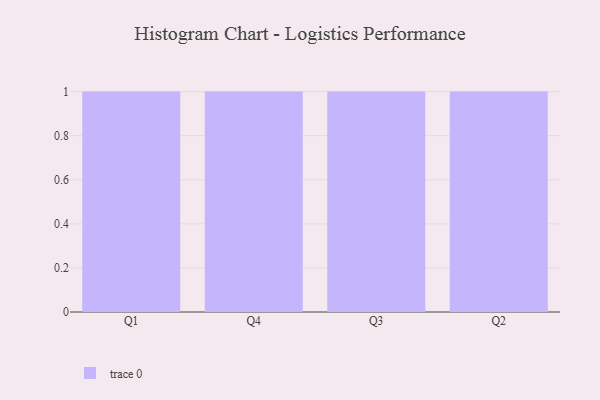
{"axis": {"x": "Quarter", "y": "Shipments"}, "legend": [""], "data": [{"x": "Q1", "y": 81, "type": ""}, {"x": "Q4", "y": 34, "type": ""}, {"x": "Q3", "y": 44, "type": ""}, {"x": "Q2", "y": 49, "type": ""}]}